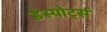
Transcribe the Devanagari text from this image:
डेस्पोर्ट्स